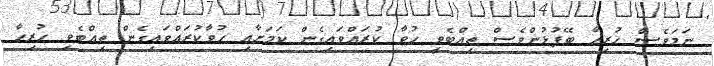
ނަމަވެސް ހުރިހާ ބޭފުޅުންވެސް ތިއްބެވީ ހުވާ ކުރައްވައިގެން ކަމަށާއި ހުވާކުރައްވައިގެން ތިއްބެވި ހުރިހާ